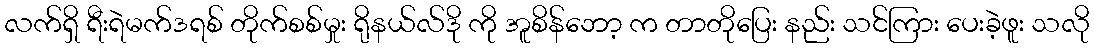
လက်ရှိ ရီးရဲမက်ဒရစ် တိုက်စစ်မှုး ရိုနယ်လ်ဒို ကို အူစိန်ဘော့ က တာတိုပြေး နည်း သင်ကြား ပေးခဲ့ဖူး သလို